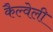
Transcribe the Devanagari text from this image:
कैल्वेली